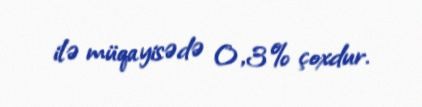
ilə müqayisədə 0,3% çoxdur.